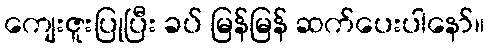
ကျေးဇူးပြုပြီး ခပ် မြန်မြန် ဆက်ပေးပါနော်။